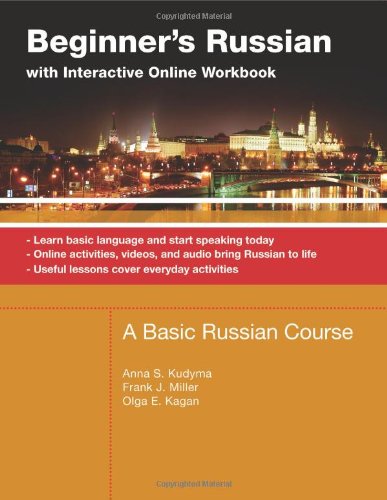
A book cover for Beginner's Russian With Interactive Online Workbook: A Basic Russian Course; Learn Basic Language and Start Speaking Today, Online Activities, Videos, ... Life, Useful Lessons Cove (Russian Edition); Anna S. Kudyma; Computers & Technology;